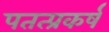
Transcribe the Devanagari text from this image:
पतत्प्रकर्ष